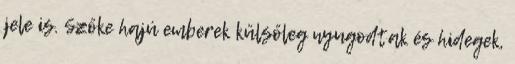
jele is. Szőke hajú emberek külsőleg nyugodtak és hidegek,